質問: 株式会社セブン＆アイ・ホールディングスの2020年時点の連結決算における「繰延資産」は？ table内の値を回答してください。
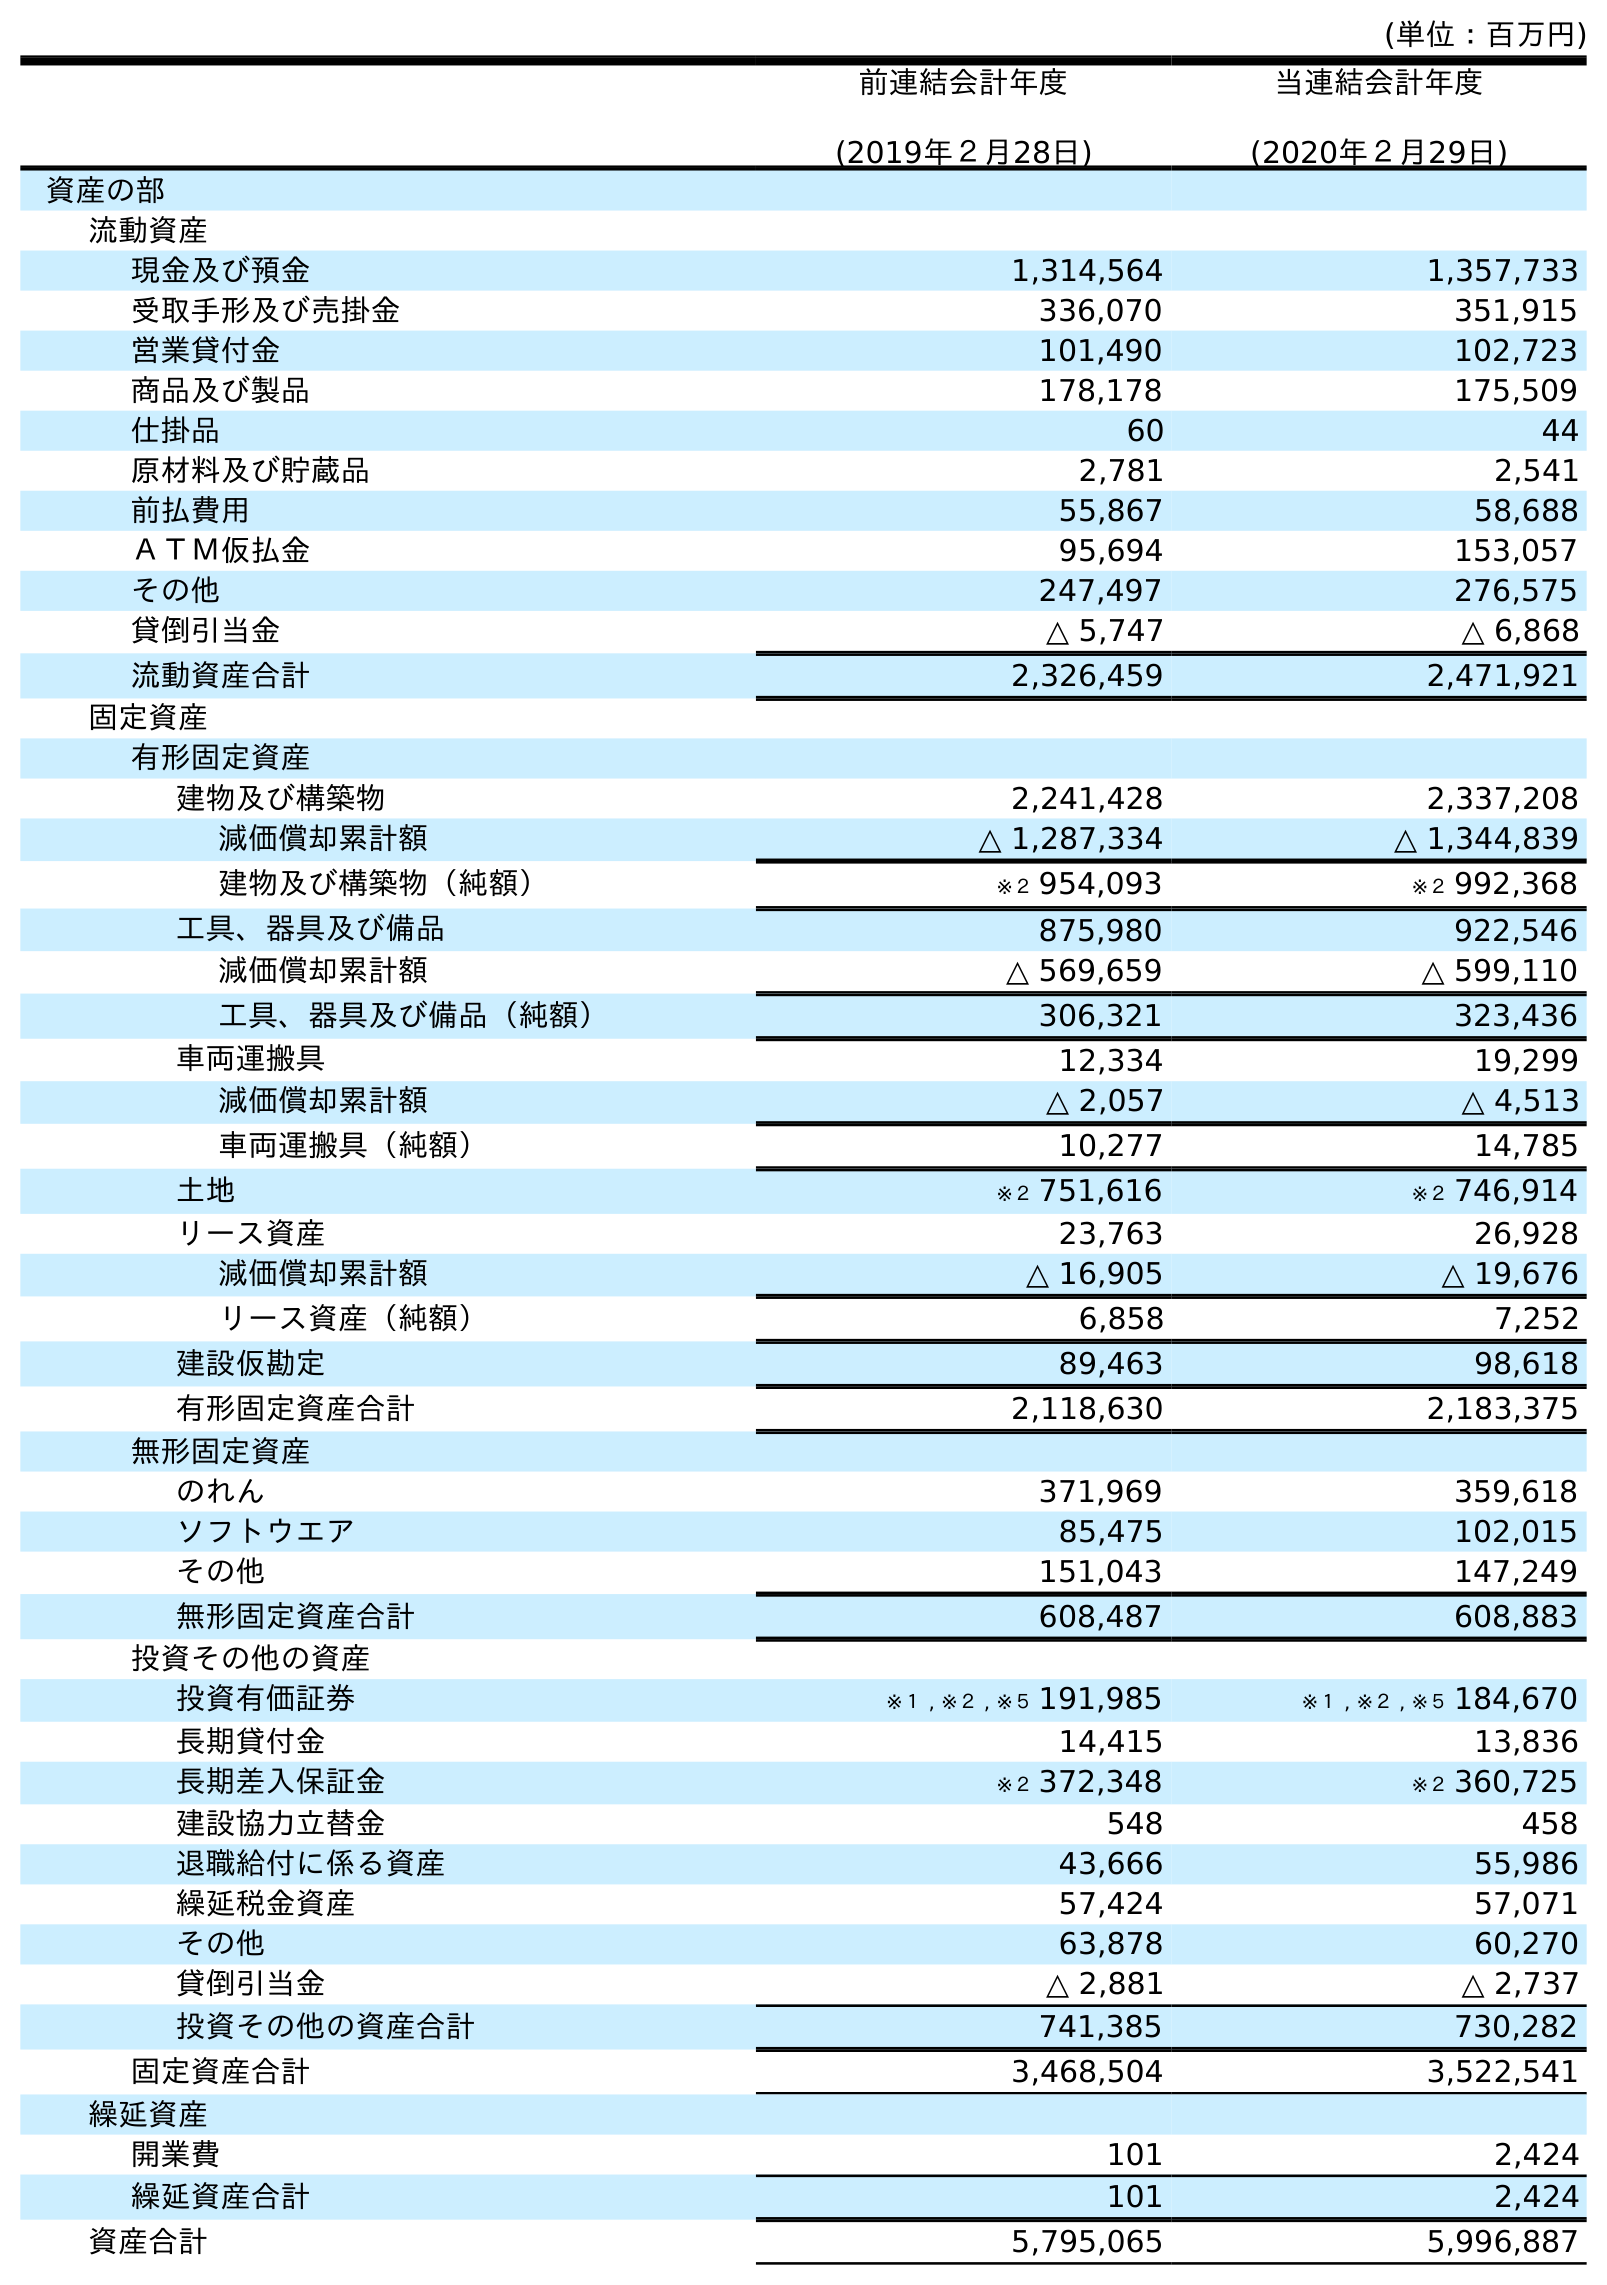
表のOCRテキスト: (単位：百万円) 前連結会計年度 (2019年２月28日) 当連結会計年度 (2020年２月29日) 資産の部 流動資産 現金及び預金 1,314,564 1,357,733 受取手形及び売掛金 336,070 351,915 営業貸付金 101,490 102,723 商品及び製品 178,178 175,509 仕掛品 60 44 原材料及び貯蔵品 2,781 2,541 前払費用 55,867 58,688 ＡＴＭ仮払金 95,694 153,057 その他 247,497 276,575 貸倒引当金 △ 5,747 △ 6,868 流動資産合計 2,326,459 2,471,921 固定資産 有形固定資産 建物及び構築物 2,241,428 2,337,208 減価償却累計額 △ 1,287,334 △ 1,344,839 建物及び構築物（純額） ※２ 954,093 ※２ 992,368 工具、器具及び備品 875,980 922,546 減価償却累計額 △ 569,659 △ 599,110 工具、器具及び備品（純額） 306,321 323,436 車両運搬具 12,334 19,299 減価償却累計額 △ 2,057 △ 4,513 車両運搬具（純額） 10,277 14,785 土地 ※２ 751,616 ※２ 746,914 リース資産 23,763 26,928 減価償却累計額 △ 16,905 △ 19,676 リース資産（純額） 6,858 7,252 建設仮勘定 89,463 98,618 有形固定資産合計 2,118,630 2,183,375 無形固定資産 のれん 371,969 359,618 ソフトウエア 85,475 102,015 その他 151,043 147,249 無形固定資産合計 608,487 608,883 投資その他の資産 投資有価証券 ※１ , ※２ , ※５ 191,985 ※１ , ※２ , ※５ 184,670 長期貸付金 14,415 13,836 長期差入保証金 ※２ 372,348 ※２ 360,725 建設協力立替金 548 458 退職給付に係る資産 43,666 55,986 繰延税金資産 57,424 57,071 その他 63,878 60,270 貸倒引当金 △ 2,881 △ 2,737 投資その他の資産合計 741,385 730,282 固定資産合計 3,468,504 3,522,541 繰延資産 開業費 101 2,424 繰延資産合計 101 2,424 資産合計 5,795,065 5,996,887
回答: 2,424